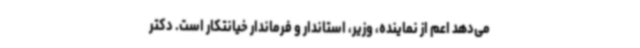
می‌دهد اعم از نماینده، وزیر، استاندار و فرماندار خیانتکار است. دکتر